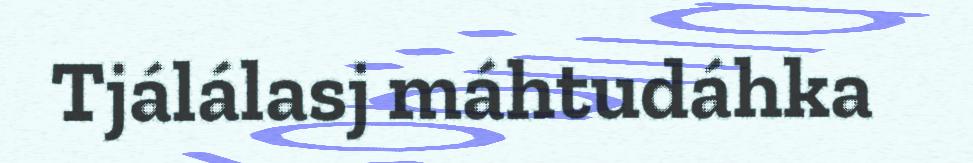
Tjálálasj máhtudáhka